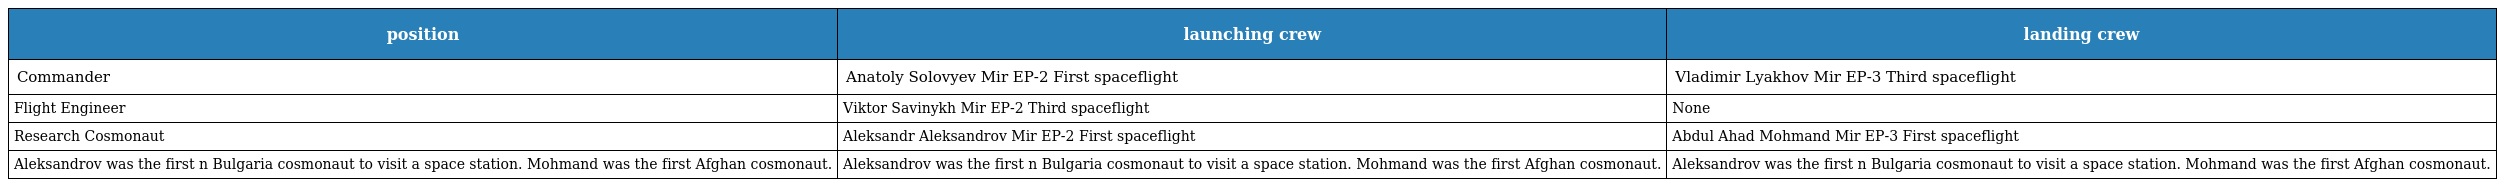
| position | launching crew | landing crew |
 | --- | --- | --- |
 | Commander | Anatoly Solovyev Mir EP-2 First spaceflight | Vladimir Lyakhov Mir EP-3 Third spaceflight |
 | Flight Engineer | Viktor Savinykh Mir EP-2 Third spaceflight | None |
 | Research Cosmonaut | Aleksandr Aleksandrov Mir EP-2 First spaceflight | Abdul Ahad Mohmand Mir EP-3 First spaceflight |
 | Aleksandrov was the first n Bulgaria cosmonaut to visit a space station. Mohmand was the first Afghan cosmonaut. | Aleksandrov was the first n Bulgaria cosmonaut to visit a space station. Mohmand was the first Afghan cosmonaut. | Aleksandrov was the first n Bulgaria cosmonaut to visit a space station. Mohmand was the first Afghan cosmonaut. |